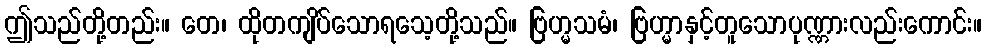
ဤသည်တို့တည်း။ တေ၊ ထိုတကျိပ်သောရသေ့တို့သည်။ ဗြဟ္မသမံ၊ ဗြဟ္မာနှင့်တူသောပုဏ္ဏားလည်းကောင်း။